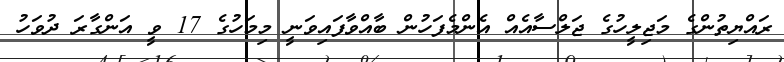
ރައްޔިތުންގެ މަޖިލީހުގެ ޖަލްސާއެއް އެންމެފަހުން ބާއްވާފައިވަނީ މިމަހުގެ 17 ވީ އަންގާރަ ދުވަހު